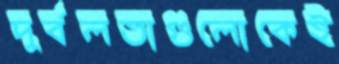
দুর্বলতাগুলোকেই